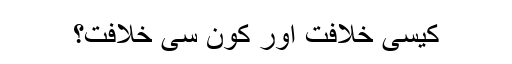
کیسی خلافت اور کون سی خلافت؟